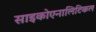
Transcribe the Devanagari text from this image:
साइकोएनालिटिकल